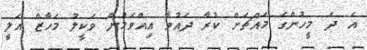
އެ ދެ މީހުންގެ މައްޗަށް ކުރާ ދައުވާ އިއްވަމުން ވަކީލު މަހާޒް އަލީ